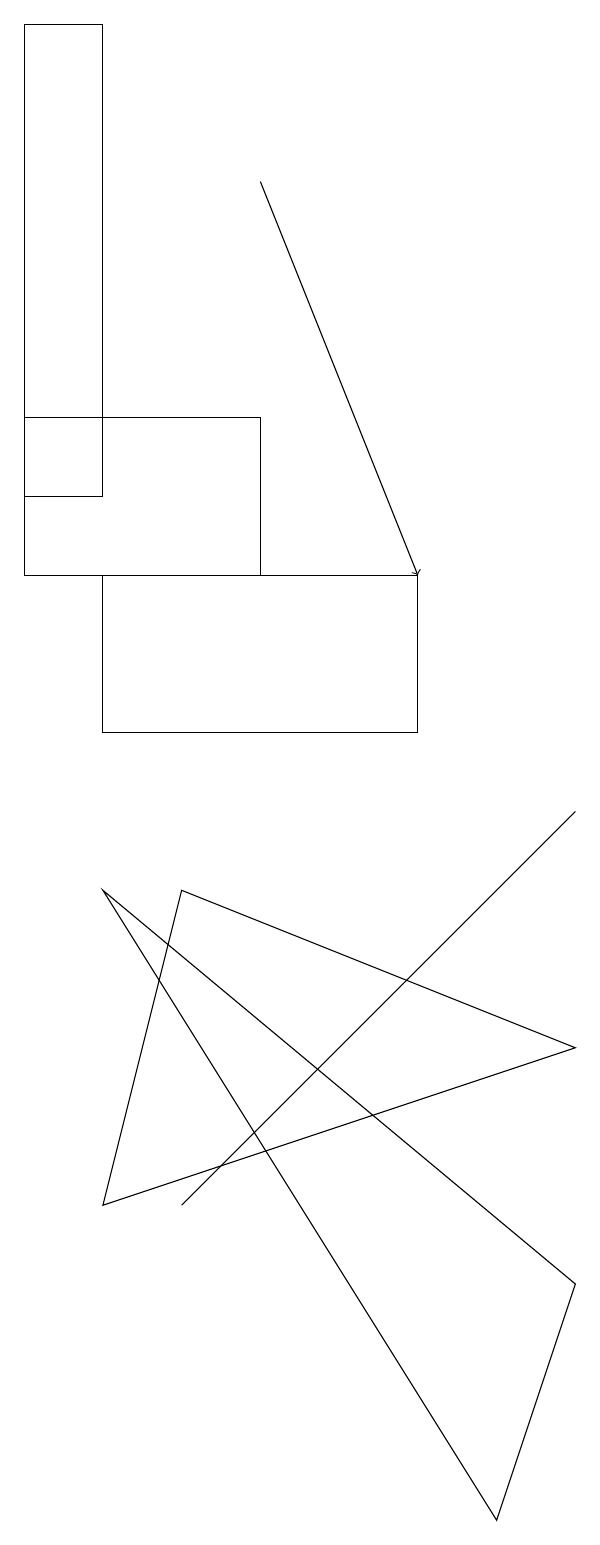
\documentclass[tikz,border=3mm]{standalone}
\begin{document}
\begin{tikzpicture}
\draw (9,6) -- (4,8) -- (3,4) -- cycle;
\draw (2,13) rectangle (3,19);
\draw (9,3) -- (3,8) -- (8,0) -- cycle;
\draw[->] (5,17) -- (7,12);
\draw (2,14) rectangle (5,12);
\draw (4,4) -- (7,7) -- (9,9) -- cycle;
\draw (7,12) rectangle (3,10);
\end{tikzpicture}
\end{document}